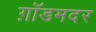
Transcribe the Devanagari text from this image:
ग़ॉडमदर